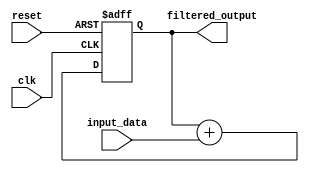
module accumulator (
  input wire clk,
  input wire reset,
  input wire signed [7:0] input_data,
  output reg signed [15:0] filtered_output
);

reg signed [15:0] sum;

always @(posedge clk or posedge reset) begin
  if (reset) begin
    sum <= 16'b0;
  end else begin
    sum <= sum + input_data;
  end
end

assign filtered_output = sum;

endmodule